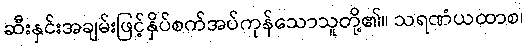
ဆီးနှင်းအချမ်းဖြင့်နှိပ်စက်အပ်ကုန်သောသူတို့၏။ သရဏံယထာစ၊